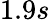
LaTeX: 1.9s